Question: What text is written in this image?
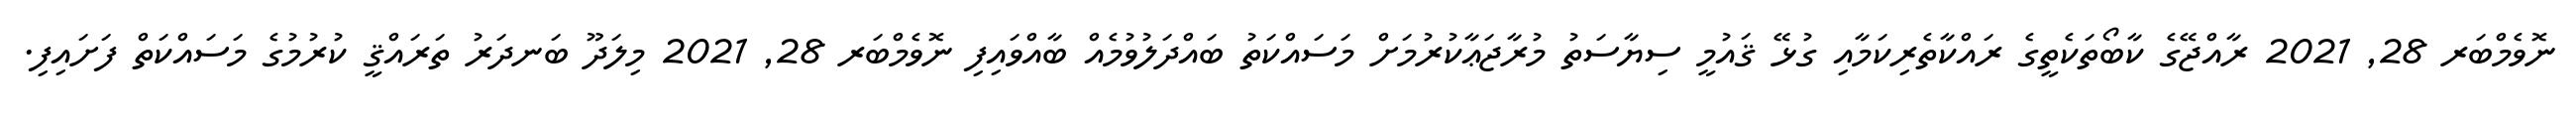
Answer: ނޮވެމްބަރ 28, 2021 ރާއްޖޭގެ ކާބޯތަކެތީގެ ރައްކާތެރިކަމާއި ގުޅޭ ޤައުމީ ސިޔާސަތު މުރާޖަޢާކުރުމަށް މަސައްކަތު ބައްދަލުވުމެއް ބާއްވައިފި ނޮވެމްބަރ 28, 2021 މިލަދޫ ބަނދަރު ތަރައްޤީ ކުރުމުގެ މަސައްކަތް ފަށައިފި.